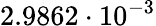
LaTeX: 2.9862\cdot 10^{-3}